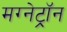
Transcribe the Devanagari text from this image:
मग्नेट्रॉन